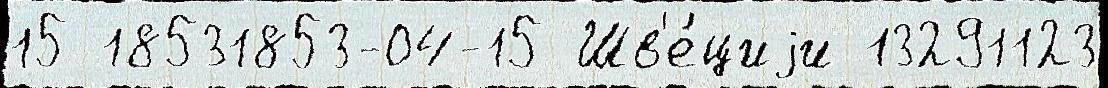
15 18531853-04-15 Шв'е́циjи 13291123